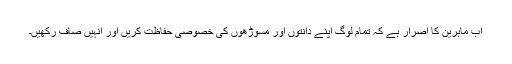
اب ماہرین کا اصرار ہے کہ تمام لوگ اپنے دانتوں اور مسوڑھوں کی خصوصی حفاظت کریں اور انہیں صاف رکھیں۔